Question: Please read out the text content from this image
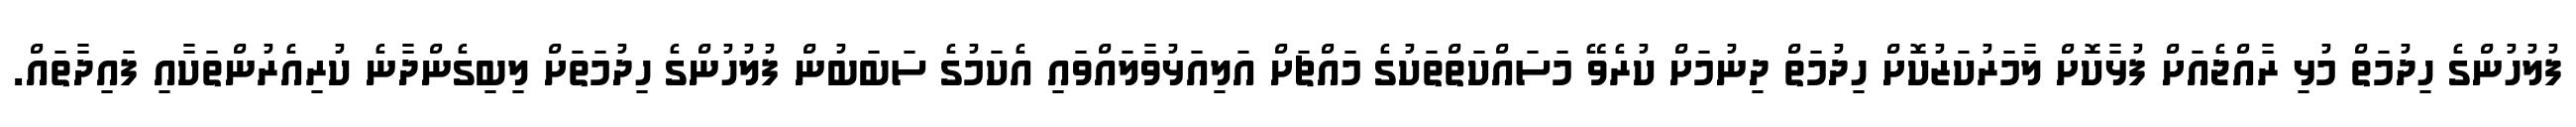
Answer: ފުލުހުންގެ ހިދުމަތް މުޅި ރާއްޖެއަށް ފުޅާކޮށް ލާމަރުކަޒުކޮށް ހިދުމަތް ދިނުމަށް ކުރެވޭ މަސައްކަތްތަކުގެ މައްޗަށް އަލިއަޅުވާލައްވައި އެކަމުގެ ސަބަބުން ފުލުހުންގެ ހިދުމަތަށް ލިބިގެންދާނެ ކުރިއެރުންތަކާއި ފައިދާތައް.